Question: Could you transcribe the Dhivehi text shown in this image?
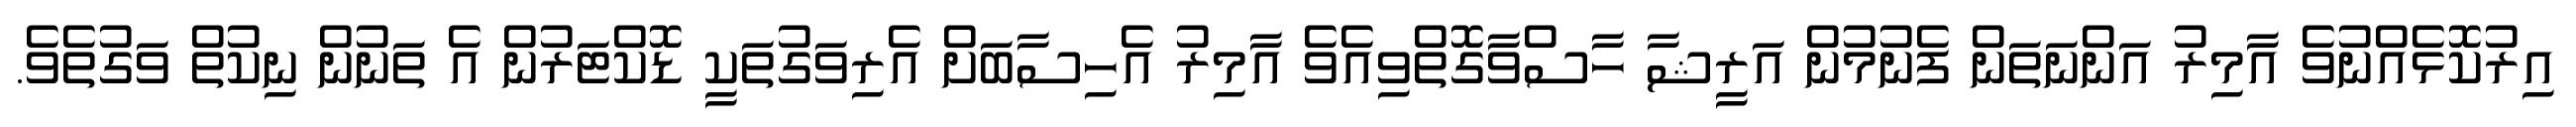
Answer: އިރުކޮޅެއްނުވެ އާމިރު އަންނަތަން ފެނުމުން އަރީޝާ ހާސްވާގޮތްވިއެވެ އާމިރު އެހިސާބަށް އެރިވަގުތަކީ ޑޮކްޓަރުން އެ ތަނުން ނިކުތް ވަގުތެވެ.